Lunatic asylums United Prov. 1922-30 - 1922-1930
Year: 1922
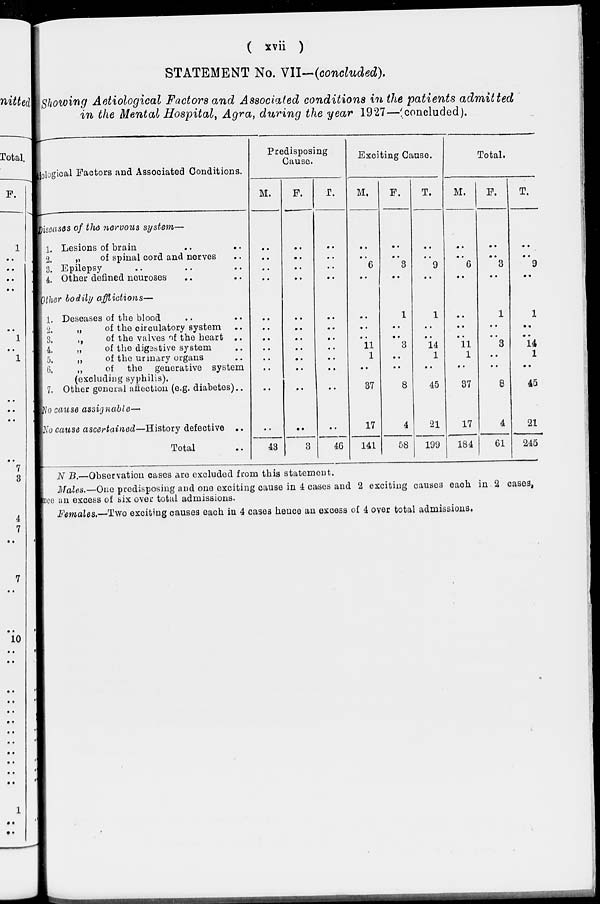
( xvii )
STATEMENT No. VII—(concluded).
Showing Aetiological Factors and Associated conditions in the patients admitted
in the Mental Hospital, Agra, during the year 1927—(concluded).
tiological Factors and Associated Conditions.
Diseases of the nervous system—
1, Lesions of brain .. ..
2.
„
of spinal cord and nerves ..
3. Epilepsy .. .. ..
4. Other defined neuroses .. ..
Other bodily afflictions—
1. Deseases of the blood .. ..
2.
„
of the circulatory system ..
3.
„
of the valves of the heart ..
4.
„
of the digestive system ..
5.
„
of the urinary organs ..
6.
„
of the generative system
(excluding syphilis).
7. Other general affection (e.g. diabetes) ..
No cause assignable—
No cause ascertained—History defective ..
Total ..
Predisposing
Cause.
M.
..
..
..
..
..
..
..
..
..
..
..
...
43
F.
..
..
..
..
..
..
..
..
..
..
..
..
3
T.
..
..
..
..
..
..
..
..
..
..
..
..
46
Exciting Cause.
M.
..
..
6
..
..
..
..
11
1
..
37
17
141
F.
..
..
3
..
1
..
..
3
..
..
8
4
58
T.
..
..
9
..
1
..
..
14
1
..
45
21
199
Total.
M.
..
..
6
..
..
..
..
11
1
..
37
17
184
F.
..
..
3
..
1
..
..
3
..
..
8
4
61
T.
..
..
9
..
1
..
..
14
1
..
45
21
245
N B.—Observation cases are excluded from this Statement.
Males.—One predisposing and one exciting cause in 4 cases and 2 exciting causes each in 2 cases,
once an excess of six over total admissions.
Females.—Two exciting causes each in 4 cases hence an excess of 4 over total admissions.